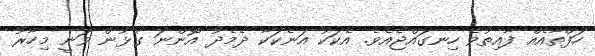
ހަފްތާއެއް ފާއިތުވެ ހިނގައްޖެއެވެ. އެކަކު އަނެކަކާ ދެމެދު އޮންނަ ގުޅުން ވަނީ މިހާރު